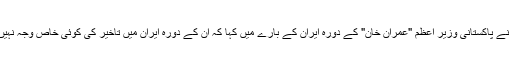
انہوں نے پاکستانی وزیر اعظم "عمران خان" کے دورہ ایران کے بارے میں کہا کہ ان کے دورہ ایران میں تاخیر کی کوئی خاص وجہ نہیں ہے۔